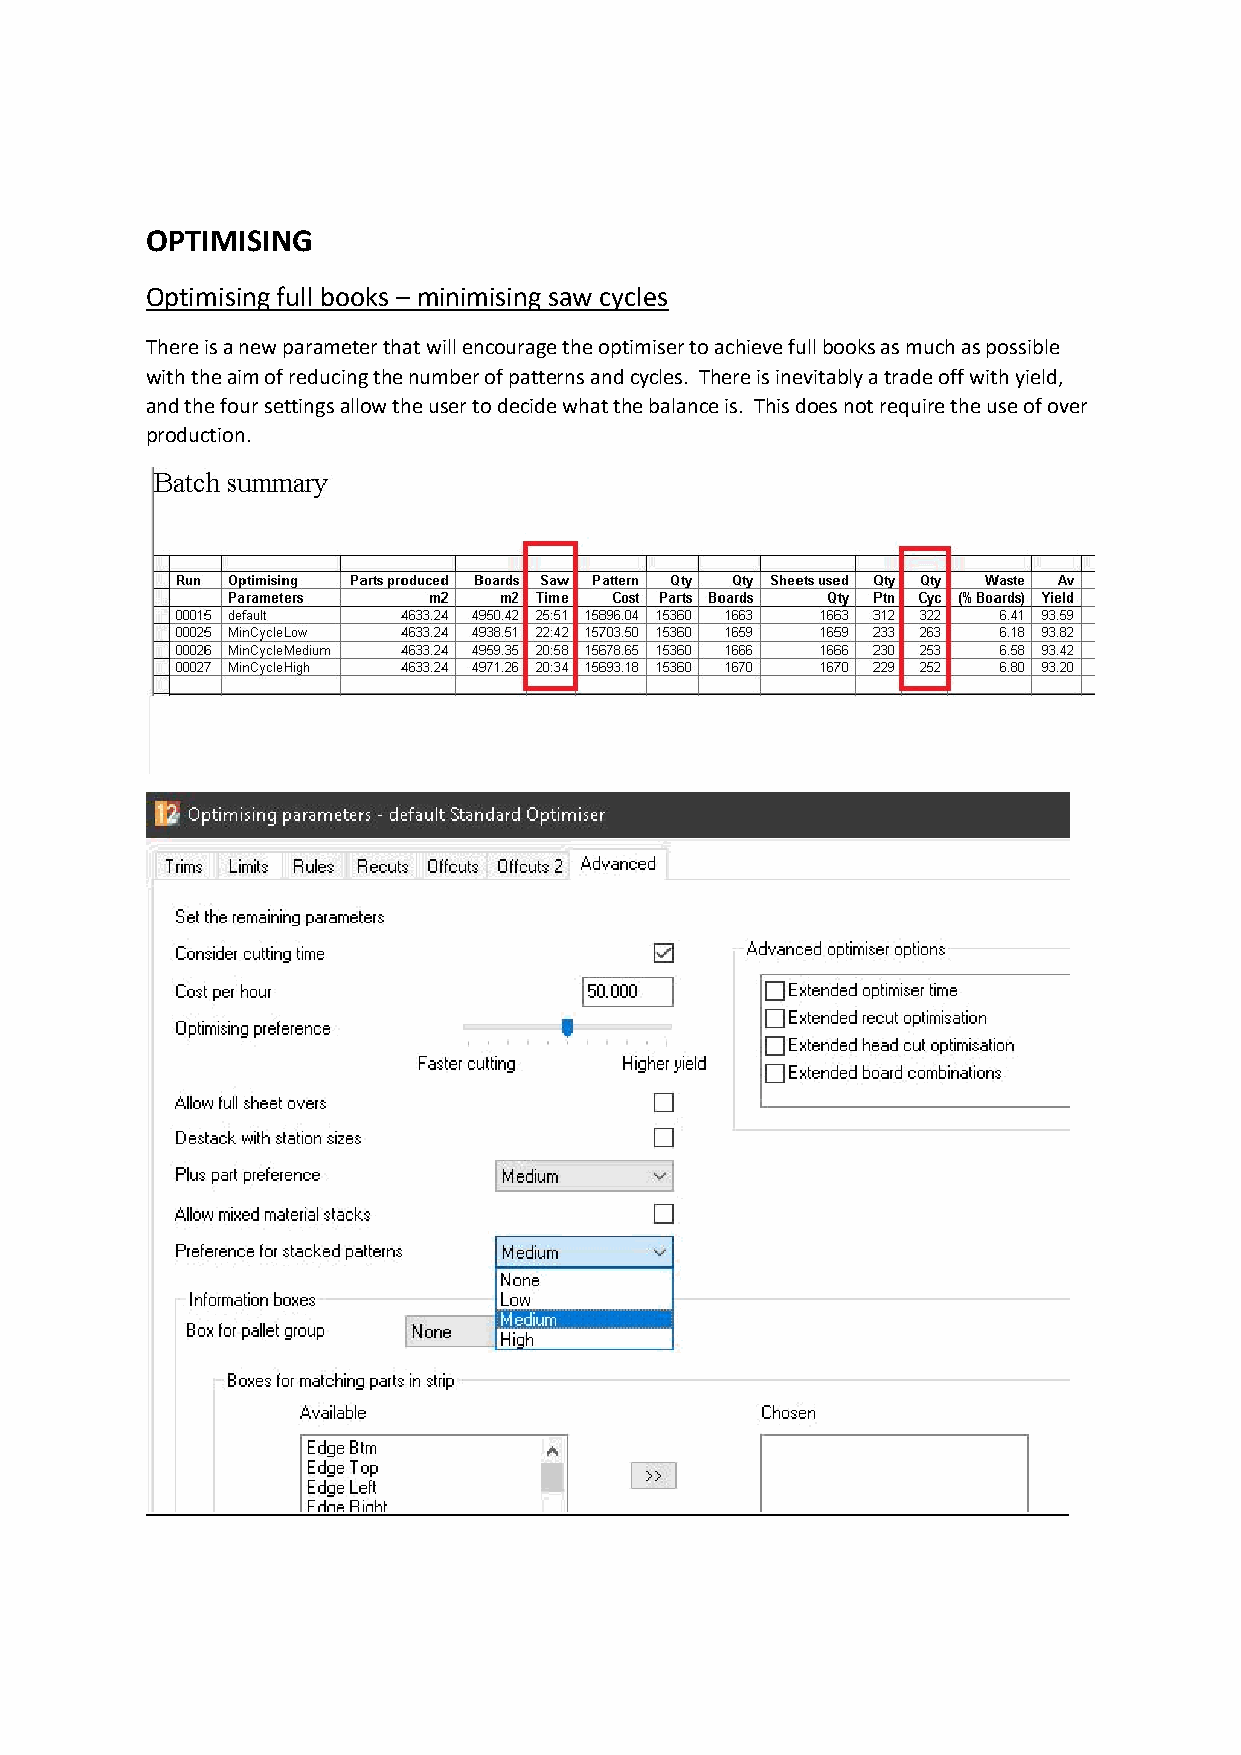
OPTIMISING
 Optimising full books – minimising saw cycles
 There isa new parameter that will encourage the optimiser to achieve full books as much as possible
 with the aim of reducing the number of patterns and cycles. There is inevitably a trade off with yield,
 and the four settings allow the user to decide what the balance is. This does not require the use of over
 production.